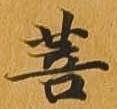
菩